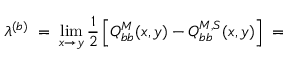
\lambda ^ { ( b ) } \; = \; \operatorname * { l i m } _ { x \rightarrow y } \frac { 1 } { 2 } \left[ Q _ { b b } ^ { M } ( x , y ) - Q _ { b b } ^ { M , S } ( x , y ) \right] \; =